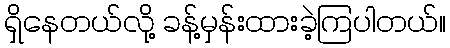
ရှိနေတယ်လို့ ခန့်မှန်းထားခဲ့ကြပါတယ်။